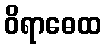
ဝိရာဓေထ